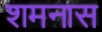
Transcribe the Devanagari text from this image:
शमनास